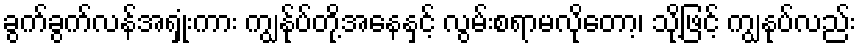
ခွက်ခွက်လန်အရှုံးကား ကျွန်ုပ်တို့အနေနှင့် လွမ်းစရာမလိုတော့၊ သို့ဖြင့် ကျွနုပ်လည်း